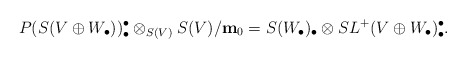
\begin{align*}P(S(V \oplus W_{\bullet}))^{\bullet}_{\bullet}\otimes_{S(V)} S(V)/{\bf m}_0=S(W_{\bullet})_{\bullet} \otimes S L^{+}(V \oplus W_{\bullet})_{\bullet}^{\bullet}.\end{align*}